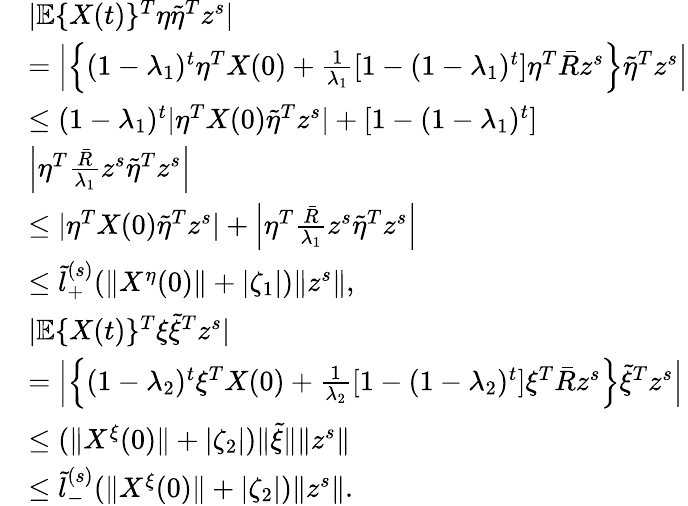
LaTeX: \begin{array}{rl}&{|\mathbb{E}\{ X(t)\} ^{T}\eta\tilde{\eta}^{T}z^{s}|}\\ &{=\Big|\Big\{ (1-\lambda_{1})^{t}\eta^{T}X(0)+\frac{1}{\lambda_{1}}[1-(1-\lambda_{1})^{t}]\eta^{T}\bar{R}z^{s}\Big\} \tilde{\eta}^{T}z^{s}\Big|}\\ &{\le(1-\lambda_{1})^{t}|\eta^{T}X(0)\tilde{\eta}^{T}z^{s}|+[1-(1-\lambda_{1})^{t}]}\\ &{\Big|\eta^{T}\frac{\bar{R}}{\lambda_{1}}z^{s}\tilde{\eta}^{T}z^{s}\Big|}\\ &{\le|\eta^{T}X(0)\tilde{\eta}^{T}z^{s}|+\Big|\eta^{T}\frac{\bar{R}}{\lambda_{1}}z^{s}\tilde{\eta}^{T}z^{s}\Big|}\\ &{\le\tilde{l}_{+}^{(s)}(\| X^{\eta}(0)\| +|\zeta_{1}|)\| z^{s}\| ,}\\ &{|\mathbb{E}\{ X(t)\} ^{T}\xi\tilde{\xi}^{T}z^{s}|}\\ &{=\Big|\Big\{ (1-\lambda_{2})^{t}\xi^{T}X(0)+\frac{1}{\lambda_{2}}[1-(1-\lambda_{2})^{t}]\xi^{T}\bar{R}z^{s}\Big\} \tilde{\xi}^{T}z^{s}\Big|}\\ &{\le(\| X^{\xi}(0)\| +|\zeta_{2}|)\| \tilde{\xi}\| \| z^{s}\| }\\ &{\le\tilde{l}_{-}^{(s)}(\| X^{\xi}(0)\| +|\zeta_{2}|)\| z^{s}\| .}\end{array}